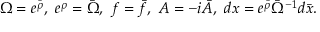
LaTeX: \Omega = e ^ { \bar { \rho } } , \ e ^ { \rho } = \bar { \Omega } , \ f = \bar { f } , \ A = - i \bar { A } , \ d x = e ^ { \bar { \rho } } \bar { \Omega } ^ { - 1 } d \bar { x } .